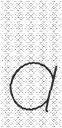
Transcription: a